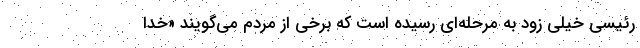
رئیسی خیلی زود به مرحله‌ای رسیده است که برخی از مردم می‌گویند «خدا